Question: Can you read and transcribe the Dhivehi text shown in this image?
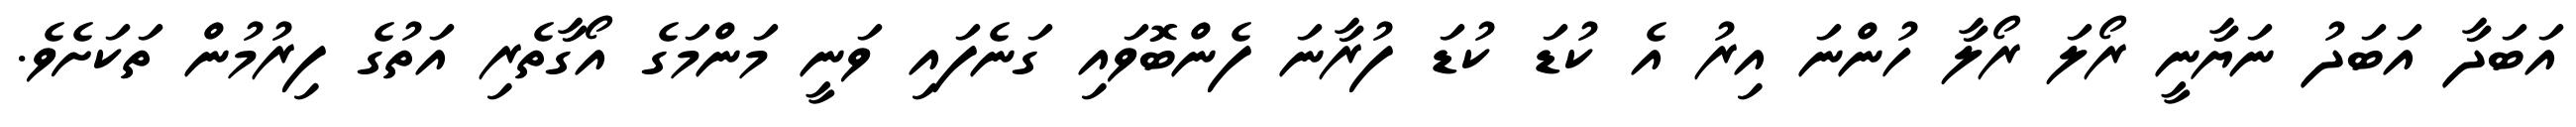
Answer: އަބަދާ އަބަދު ނަޔާނީ ރޯލަ ރޯލާ ހުންނަ އިރު އެ ކުޑަ ކުޑަ ފުރާނަ ފެންބޮވައި ގަނެފައި ވަނީ މަންމަގެ އޯގާތެރި އަތުގެ ފިރުމުން ތަކަށެވެ.